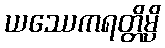
ယဿေကရတ္တိမ္ပိ